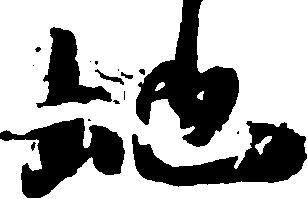
地